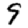
Digit: 9